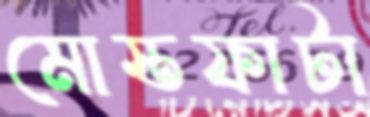
মোস্তফাটা